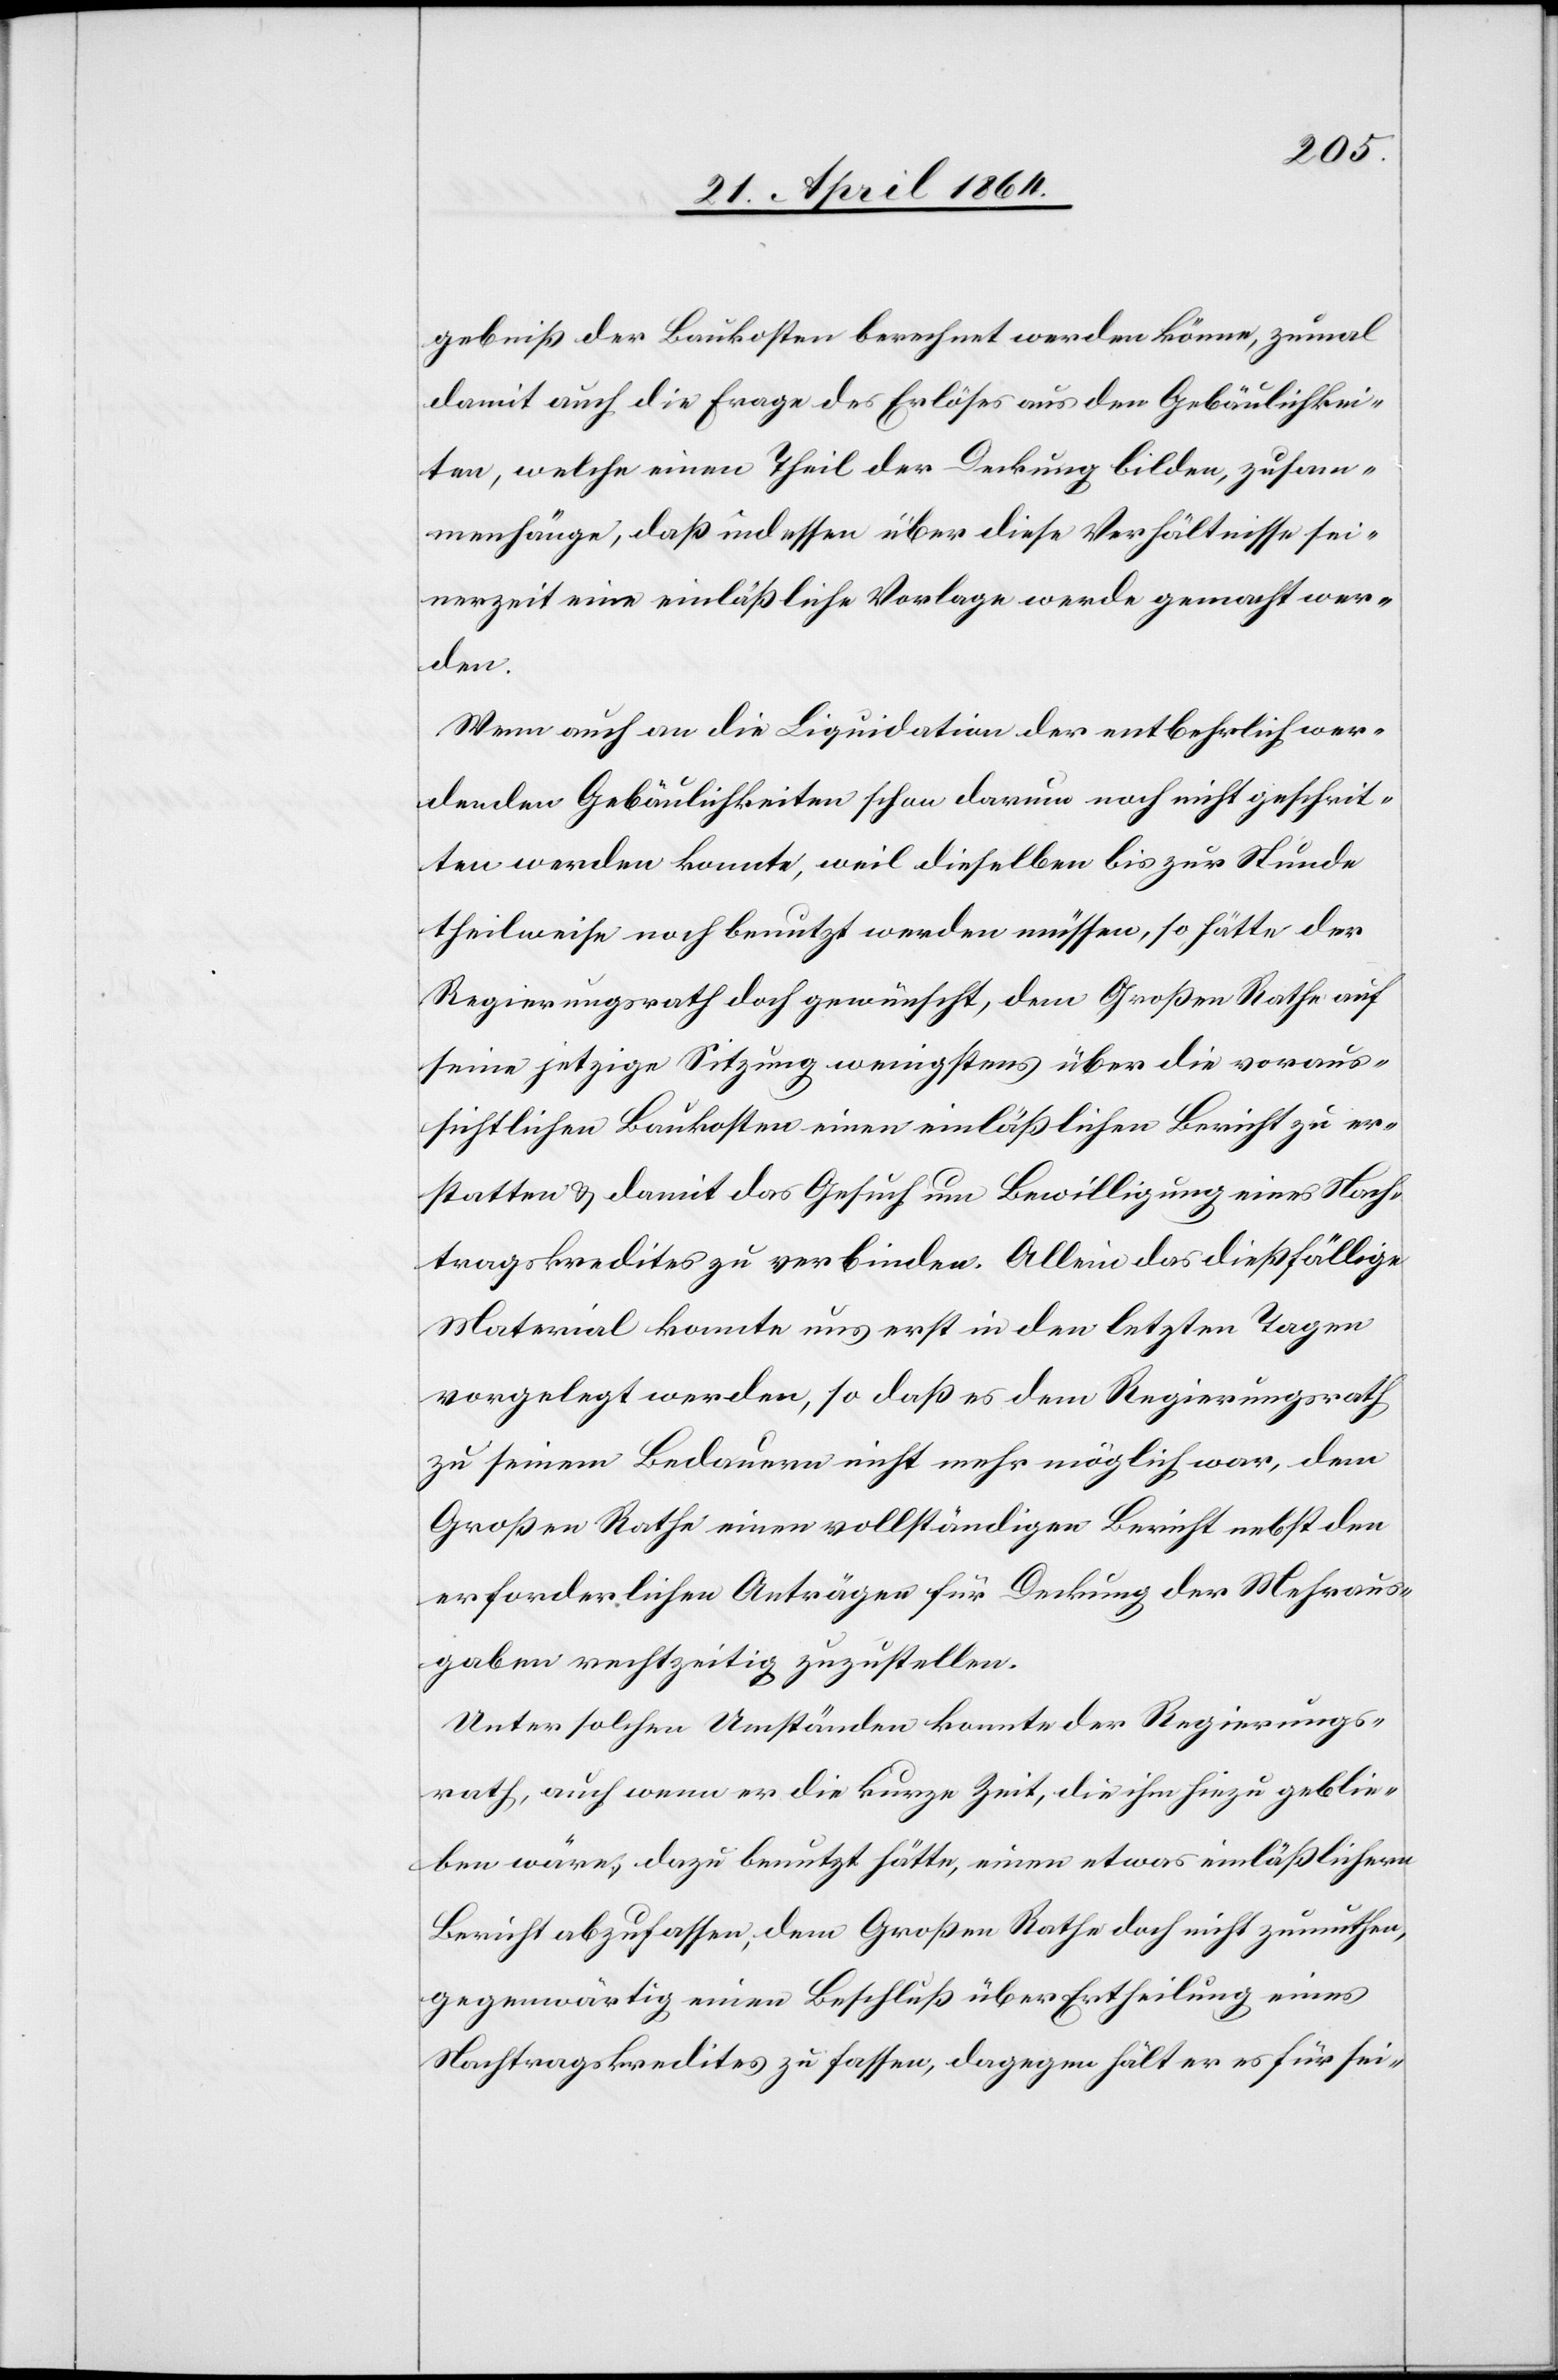
gebniß der Baukosten berechnet werden könne, zumal
damit auch die Frage des Erlöses aus den Gebäulichkei¬
ten, welche einen Theil der Deckung bilden, zusam¬
menhänge, daß indessen über diese Verhältnisse sei¬
nerzeit eine einläßliche Vorlage werde gemacht wer¬
den.
Wenn auch an die Liquidation der entbehrlich wer¬
denden Gebäulichkeiten schon darum noch nicht geschrit¬
ten werden konnte, weil dieselben bis zur Stunde
theilweise noch benutzt werden müssen, so hätte der
Regierungsrath doch gewünscht, dem Großen Rathe auf
seine jetzige Sitzung wenigstens über die voraus¬
sichtlichen Baukosten einen einläßlichen Bericht zu er¬
statten u. damit das Gesuch um Bewilligung eines Nach¬
tragskredites zu verbinden. Allein das dießfällige
Material konnte uns erst in den letzten Tagen
vorgelegt werden, so daß es dem Regierungsrath
zu seinem Bedauern nicht mehr möglich war, dem
Großen Rathe einen vollständigen Bericht nebst den
erforderlichen Anträgen für Deckung der Mehraus¬
gaben rechtzeitig zuzustellen.
Unter solchen Umständen konnte der Regierungs¬
rath, auch wenn er die kurze Zeit, die ihm hiezu geblie¬
ben wäre, dazu benutzt hätte, einen etwas einläßlichern
Bericht abzufassen, dem großen Rathe doch nicht zumuthen,
gegenwärtig einen Beschluß über Ertheilung eines
Nachtragskredites zu fassen, dagegen hält er es für sei-